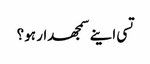
تسی اینے سمجھدار ہو؟